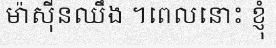
ម៉ាស៊ីនឈឹង ។ពេលនោះ ខ្ញុំ